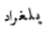
بلغراد